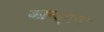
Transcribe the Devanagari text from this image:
कान्ड्वण